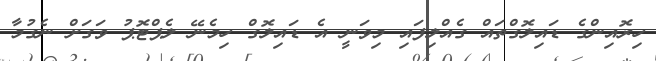
ހިރޮއިންގެ ޑައިލޮގްތައް ގެއްލިފައި މިވަނީ އެ ޑައިލޮގް ހިމެނޭ ލެޕްޓޮޕު ވަގަށް ނެގުމާ